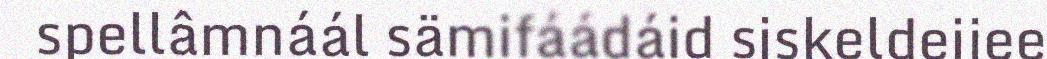
spellâmnáál sämifáádáid siskeldeijee